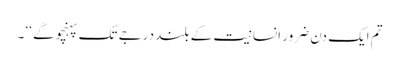
تم ایک دن ضرور انسانیت کے بلند درجے تک پہنچو گے ‘‘ ۔